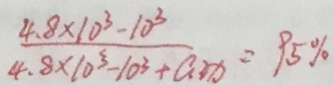
\frac { 4 . 8 \times 1 0 ^ { 3 } - 1 0 ^ { 3 } } { 4 . 8 \times 1 0 ^ { 3 } - 1 0 ^ { 3 } + a ^ { 3 } x } = 9 5 \%